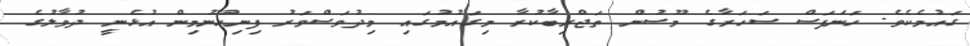
ގައުމެކެވެ. ހަނަފަސް ސަހަރާގެ މޫސުން ތަޖްރިބާކުރާ މިގައުމުގައި މިދުވަސްވަރު ފިނިހޫނުމިން އުޅެނީ ދުވާލުގެ